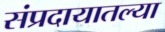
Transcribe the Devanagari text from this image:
संप्रदायातल्या